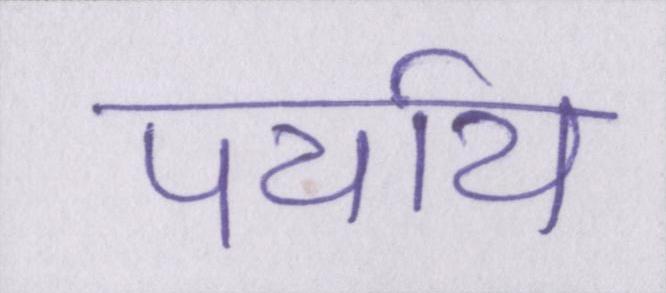
पर्याय